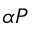
\alpha P